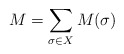
\begin{align*}M=\sum_{\sigma\in X}M(\sigma)\end{align*}